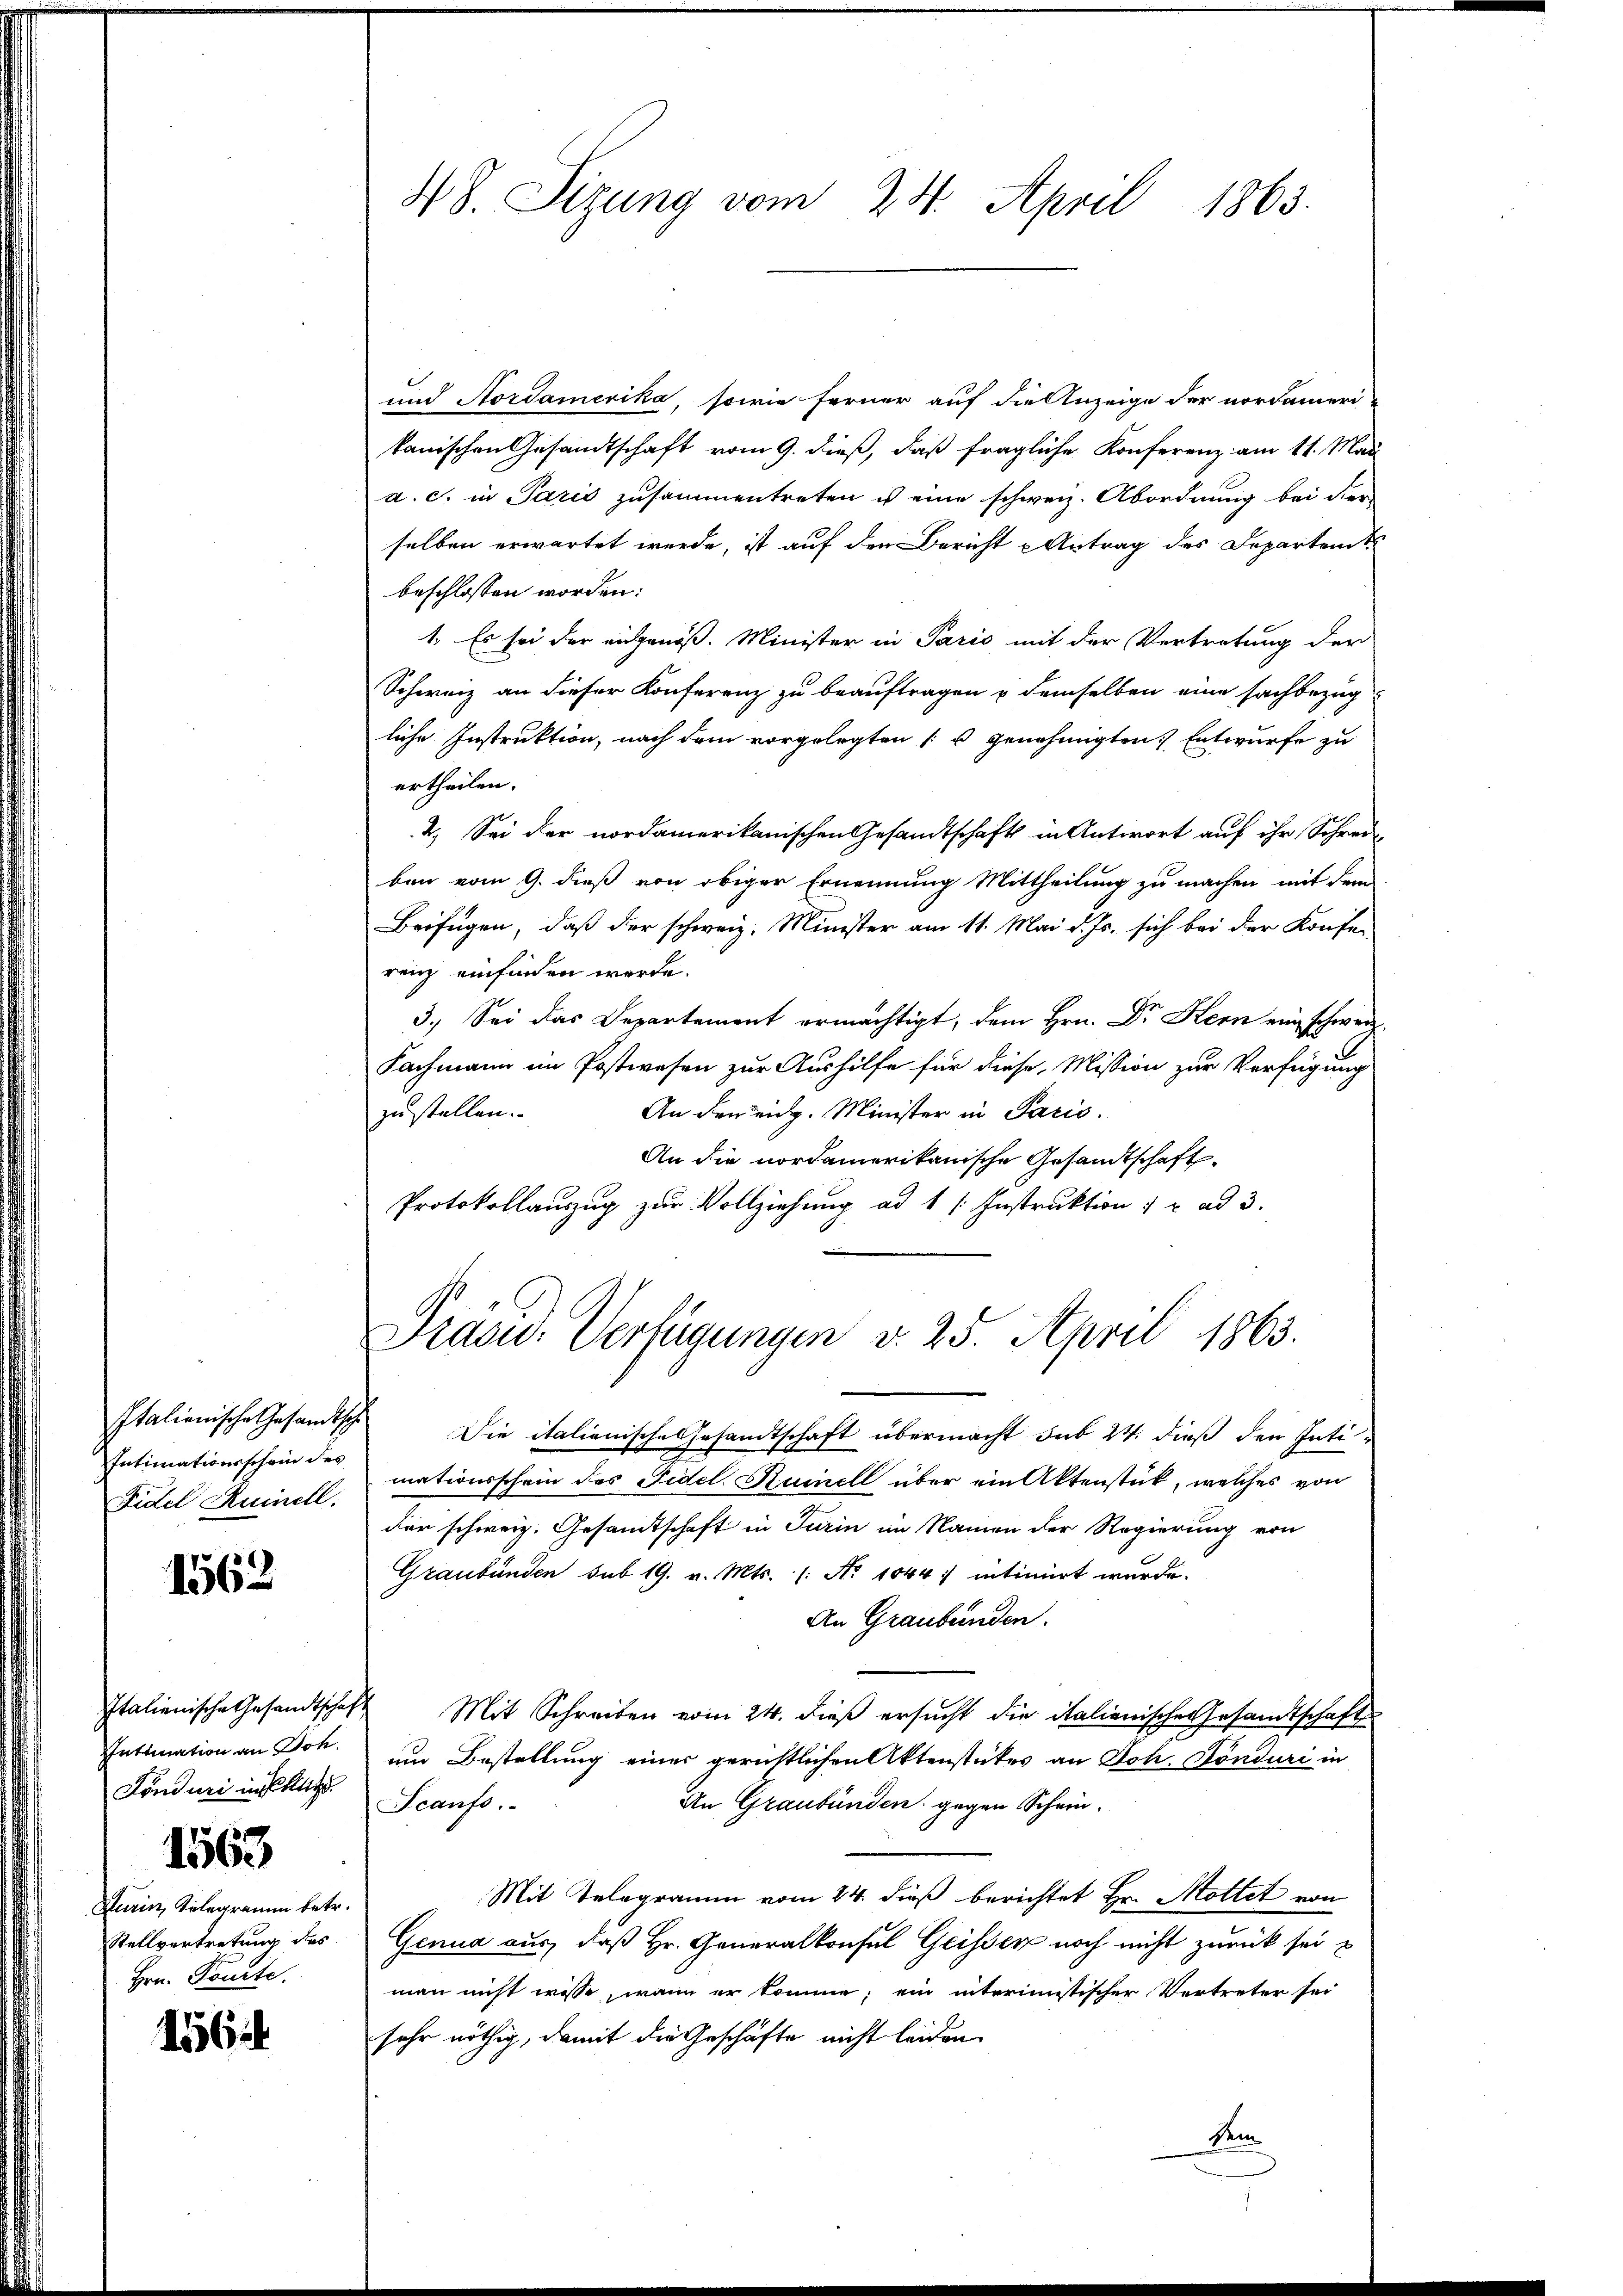
Intimationsschein des
Fidel Ruinell.

1562

Intimation an Joh.
Fonduri in steig
1563
Durin, Telegramm betr.
Stellvertretung des
Hrn. Pouite.

1556

48. Sizung vom 24. April 1863.

und Nordamerika, sowie ferner auf die Anzeige der nordamer
kanischen Gesandtschaft vom 9. dieß, daß fragliche Konferenz am 11. Mai
a. c. in Paris zusammentreten ist eine schweiz. Abordnung bei der
selben erwartet werde, ist auf den Bericht Antrag des Departents
beschlossen worden:
1. Es sei der angenoß. Minister in Paris mit der Vertretung der
Schweiz an dieser Konferenz zu beauftragen u demselben eine sachbezug
liche Instruktion, nach dem vorgelegten [s genehmigten Entwurfe zu
ertheilen.
2. Sei der nordamerikanischen Gesandtschaft in Antwort auf ihr Schrei
ben vom 9. dieß von obiger Ernennung Mittheilung zu machen mit dem
Beifügen, daß der schweiz. Minister am 11. Mai d. Js. sich bei der Konfer
renz einfinden werde.
3.) Sei das Departement ermächtigt, dem Hrn. Dr Kern ein schweiz.
Fachmann im Postwesen zur Aushilfe für diese Mission zur Verfügung
zustellen.
An den eidg. Minister in Paris.
An die nordamerikanische Gesandtschaft.
Protokollauszug zur Vollziehung ad 1 / Instruktion   ad 3.
Präsid. Verfügungen v. 25. April 1863.
Italienische Gesandtsch Die italienische Gesandtschaft übermacht sub 24. dieß der Intimationsschein des Fidel Rumell über ein Aktenstück, welches von
der schweiz. Gesamtschaft in Turin im Namen der Regierung von
Graubünden sub 19. v. Mts. (: No 1044: intimiert wurde.
An Graubünden.
Italienische Gesandtschaft Mit Schreiben vom 24. dieß ersucht die italienische Gesandtschaft
um Bestellung einer gerichtlichen Aktenstetes an Joh. Tönduri in
Scanfs.
An Graubünden gegen Schein.
Mit Telegramm vom 24. dieß berichtet Hr. Mottet von
Genua aus, daß Hr. Generalkonsul Geisser noch nicht zurück sei u
man nicht wisse, wenn er komme; ein interimistischer Vertreter sei
sehr nöthig, damit die Geschäfte nicht leiden.
Sein